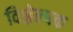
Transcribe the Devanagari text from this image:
विश्लेल्षक